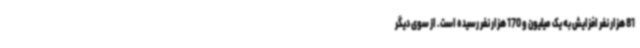
81 هزار نفر افزایش به یک میلیون و 170 هزار نفر رسیده است. از سوی دیگر